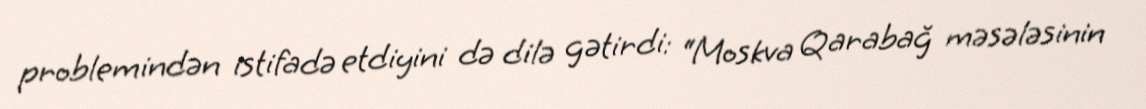
problemindən istifadə etdiyini də dilə gətirdi: “Moskva Qarabağ məsələsinin